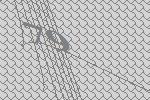
79